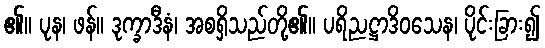
၏။ ပုန၊ ဖန်။ ဒုက္ခာဒီနံ၊ အစရှိသည်တို့၏။ ပရိညဋ္ဌာဒိဝသေန၊ ပိုင်းခြား၍